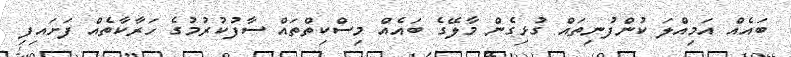
ބައެއް އަމިއްލަ ކުންފުނިތައް ގުޅިގެން މާލޭގެ ބައެއް މިސްކިތްތައް ސާފުކުރުމުގެ ހަރާކާތެއް ފަށައިފި